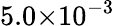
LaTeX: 5.0{\times}10^{-3}